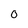
Character: 0